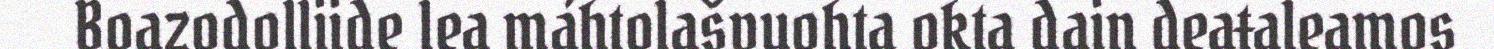
Boazodolliide lea máhtolašvuohta okta dain deaŧaleamos